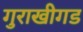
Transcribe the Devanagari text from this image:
गुराखीगड